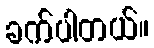
ခက်ပါတယ်။